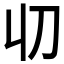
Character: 𠚨